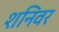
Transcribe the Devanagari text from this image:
शनिवर